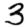
Digit: 3